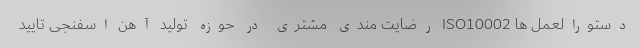
دستورالعمل ها ISO10002 رضایت مندی مشتری در حوزه تولید آهن اسفنجی تایید